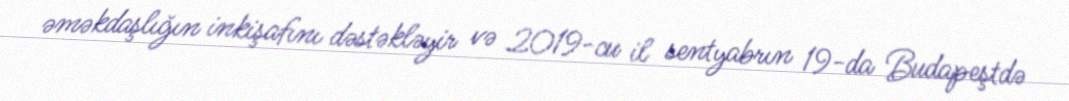
əməkdaşlığın inkişafını dəstəkləyir və 2019-cu il sentyabrın 19-da Budapeştdə